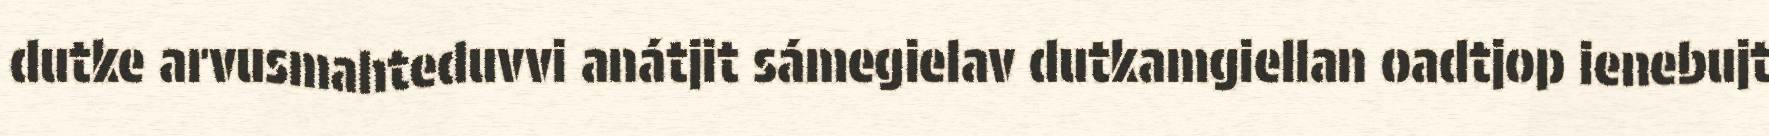
dutke arvusmahteduvvi anátjit sámegielav dutkamgiellan oadtjop ienebujt